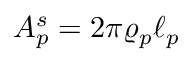
A _ { p } ^ { s } = 2 \pi \varrho _ { p } \ell _ { p }